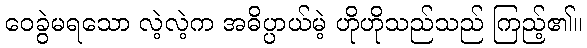
ဝေခွဲမရသော လဲ့လဲ့က အဓိပ္ပာယ်မဲ့ ဟိုဟိုသည်သည် ကြည့်၏။